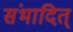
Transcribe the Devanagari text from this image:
संभादित्